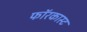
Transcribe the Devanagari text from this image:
फॉरकास्ट